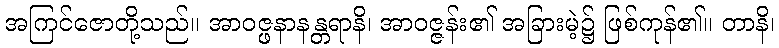
အကြင်ဇောတို့သည်။ အာဝဇ္ဖနာနန္တရာနိ၊ အာဝဇ္ဇန်း၏ အခြားမဲ့၌ ဖြစ်ကုန်၏။ တာနိ၊